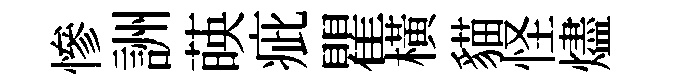
慘詶𦴤疵瞿橫貓怪燼